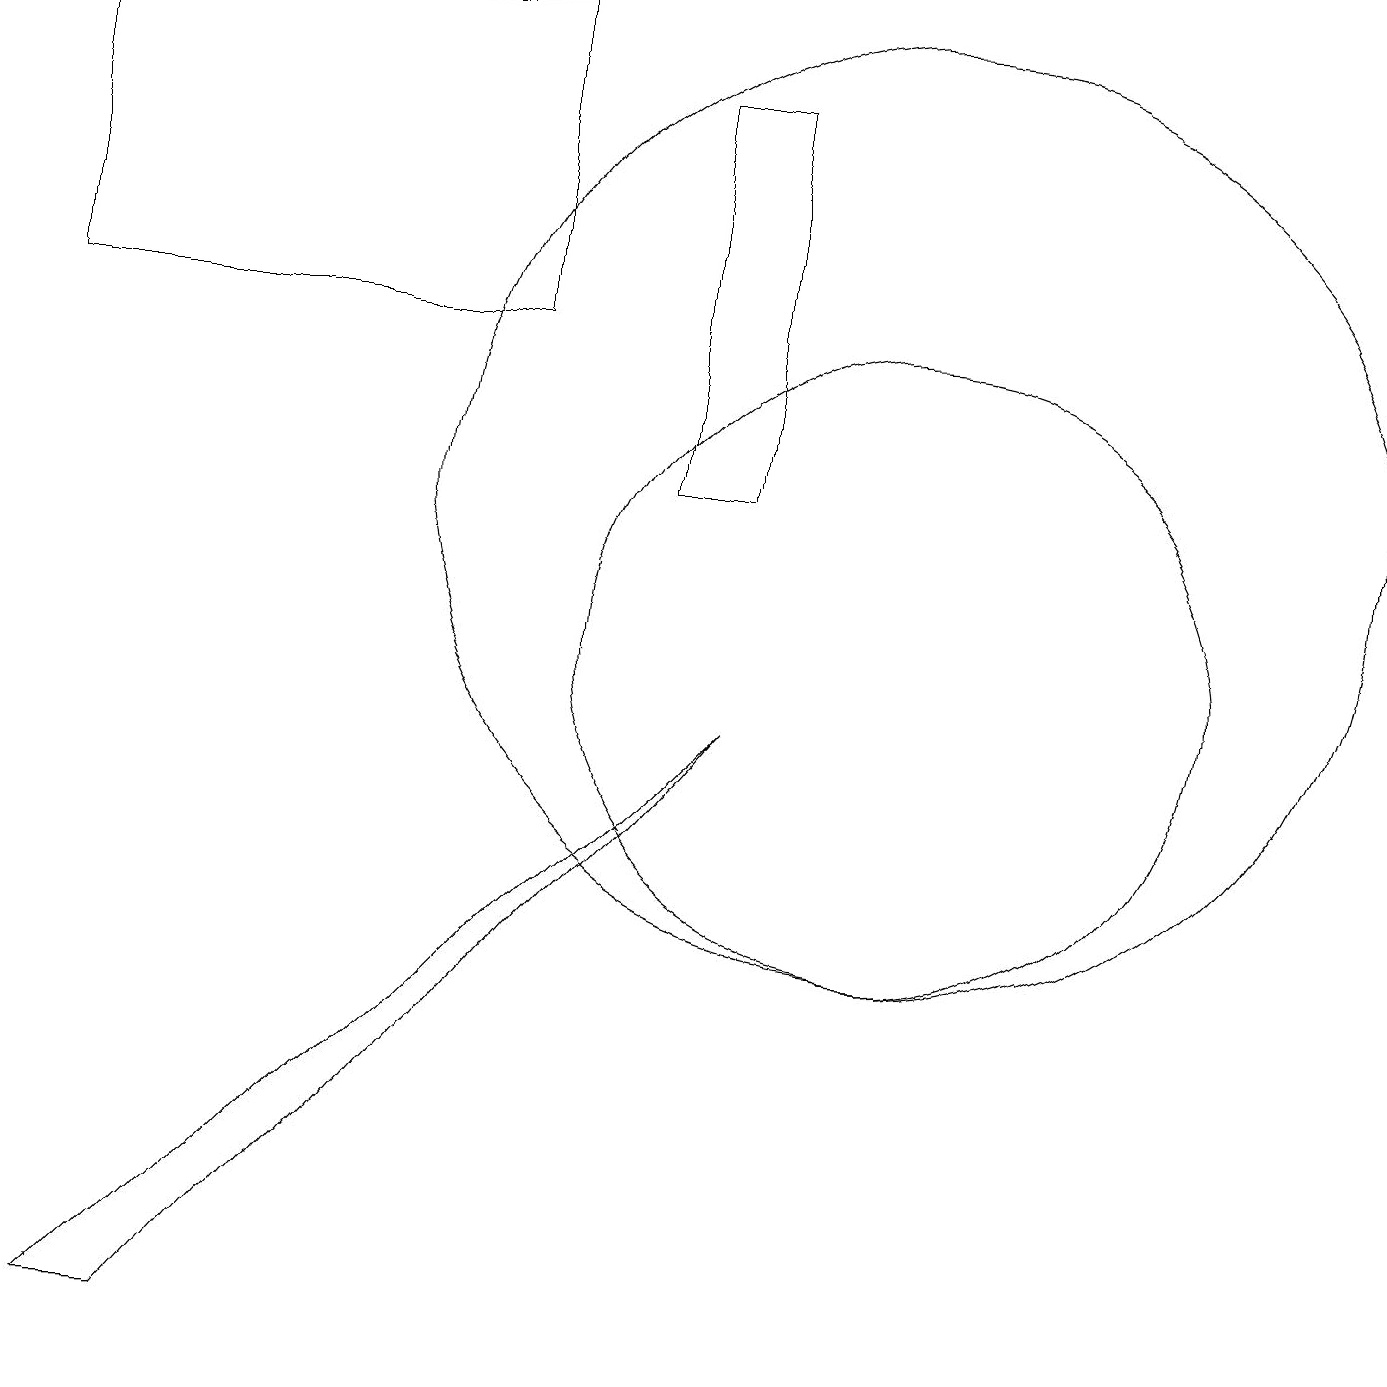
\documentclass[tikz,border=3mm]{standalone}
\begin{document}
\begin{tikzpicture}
\draw (11,10) circle (4);
\draw (8,17) rectangle (9,12);
\draw (2,1) -- (1,1) -- (9,9) -- cycle;
\draw (11,12) circle (6);
\draw (6,18) rectangle (0,14);
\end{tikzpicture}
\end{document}